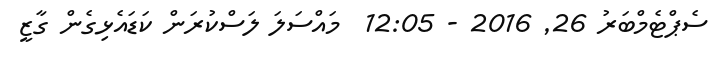
ސެޕްޓެމްބަރު 26